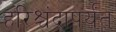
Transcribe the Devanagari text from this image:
हरिश्चंद्रापर्यंत